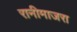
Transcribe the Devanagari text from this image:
रानीमाजरा